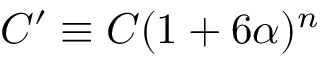
C ^ { \prime } \equiv C ( 1 + 6 \alpha ) ^ { n }